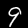
Digit: 9